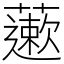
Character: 藗